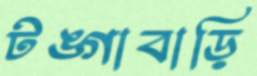
টঙ্গাবাড়ি